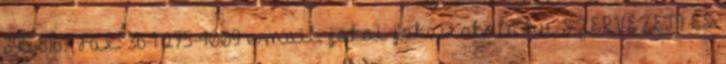
395-8167 Fax: 36-1 275-4009 e-mail: jokai jokaiiskola.hu SZERVEZETI ÉS